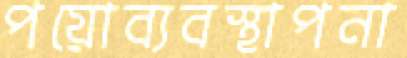
পয়োব্যবস্থাপনা